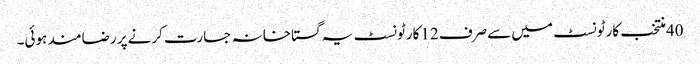
40منتخب کارٹونسٹ میں سےصرف 12کارٹونسٹ یہ گستاخانہ جسارت کرنےپر رضامند ہوئی۔